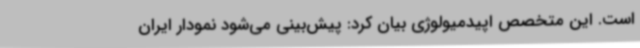
است. این متخصص اپیدمیولوژی بیان کرد: پیش‌بینی می‌شود نمودار ایران